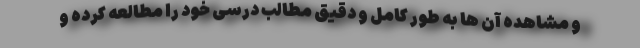
و مشاهده آن ها به طور کامل و دقیق مطالب درسی خود را مطالعه کرده و